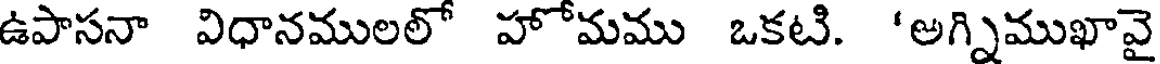
ఉపాసనా విధానములలో హోమము ఒకటి. 'అగ్నిముఖావై